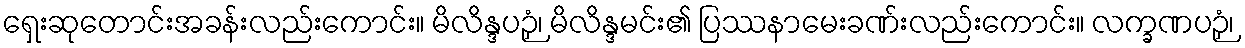
ရှေးဆုတောင်းအခန်းလည်းကောင်း။ မိလိန္ဒပဉှံ၊ မိလိန္ဒမင်း၏ ပြဿနာမေးခဏ်းလည်းကောင်း။ လက္ခဏပဉှံ၊